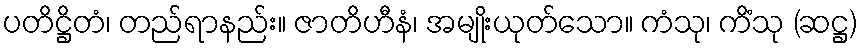
ပတိဋ္ဌိတံ၊ တည်ရာနည်း။ ဇာတိဟီနံ၊ အမျိုးယုတ်သော။ ကံသု၊ ကိံသု (ဆဋ္ဌ)